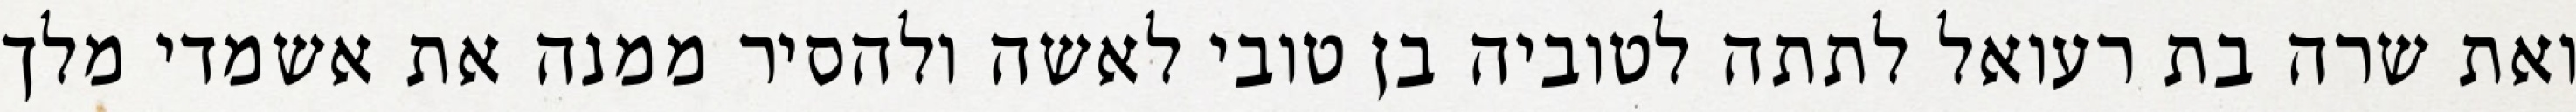
ואת שרה בת רעואל לתתה לטוביה בן טובי לאשה ולהסיר ממנה את אשמדי מלך